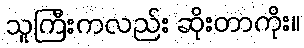
သူကြီးကလည်း ဆိုးတာကိုး။